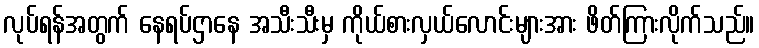
လုပ်ရန်အတွက် နေရပ်ဌာနေ အသီးသီးမှ ကိုယ်စားလှယ်လောင်းများအား ဖိတ်ကြားလိုက်သည်။